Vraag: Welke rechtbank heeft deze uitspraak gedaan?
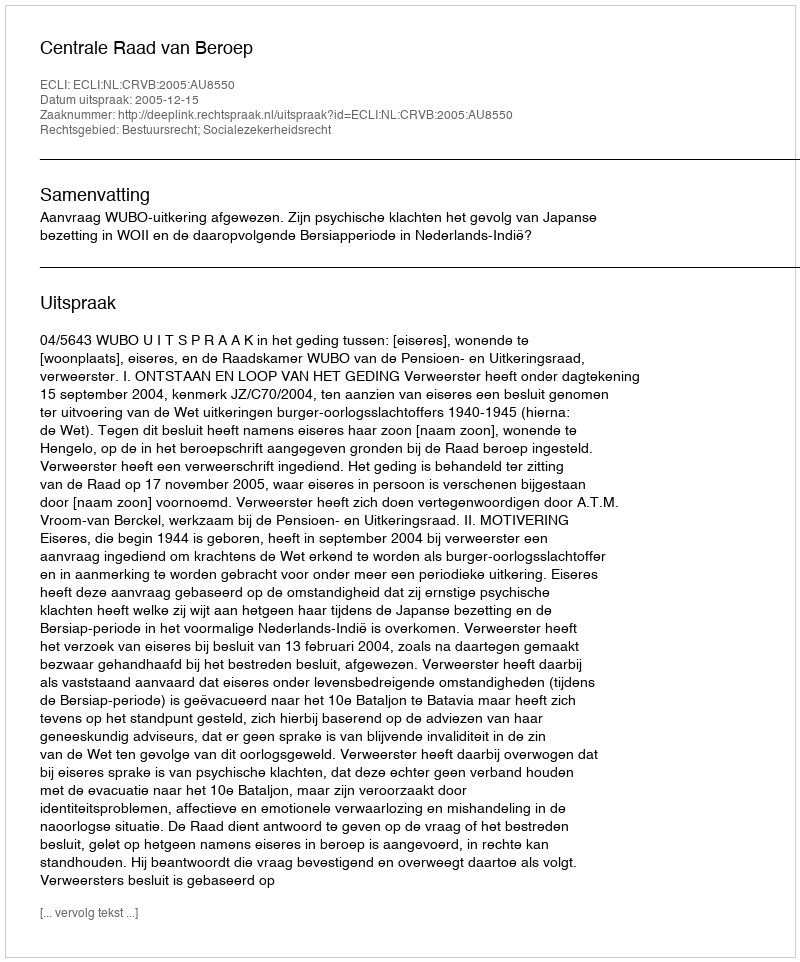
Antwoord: Centrale Raad van Beroep